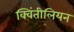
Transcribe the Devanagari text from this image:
क्विंतीलियन